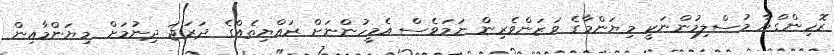
ރޮހިންގްޔާ މުސްލިމުންނަކީ މިޔަންމާގެ ވަޒަންވެރިން ނަމަވެސް އެމީހުންނަށް ރައްޔިތެއްގެ ދަރަޖަ ދިނުމަށް މިޔަންމާއިން